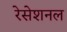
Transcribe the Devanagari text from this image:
रेसेशनल